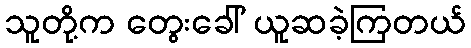
သူတို့က တွေးခေါ် ယူဆခဲ့ကြတယ်